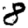
Digit: 8